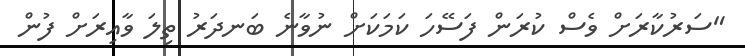
"ސަރުކާރަށް ވެސް ކުރަން ފަސޭހަ ކަމަކަށް ނުވާނެ ބަނދަރު ތިލަ ވާއިރަށް ފުން